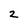
Character: 2